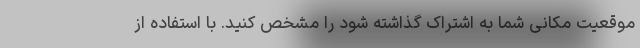
موقعیت مکانی شما به اشتراک گذاشته شود را مشخص کنید. با استفاده از